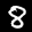
Label: 8